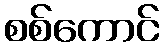
စစ်ကောင်